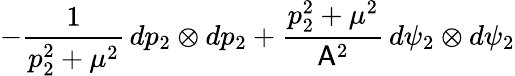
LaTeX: -\frac{1}{p_{2}^{2}+\mu^{2}}\, dp_{2}\otimes dp_{2}+\frac{p_{2}^{2}+\mu^{2}}{\mathsf{A}^{2}}\, d\psi_{2}\otimes d\psi_{2}